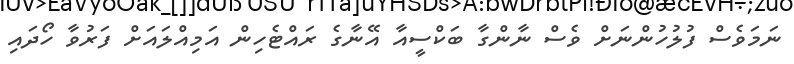
ނަމަވެސް ފުލުހުންނަށް ވެސް ނާންގާ ބަކްސީއާ އޭނާގެ ރައްޓެހިން އަމިއްލައަށް ފަރުވާ ހޯދައި